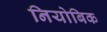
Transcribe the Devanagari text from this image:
नियोबिक